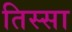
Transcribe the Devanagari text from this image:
तिस्सा